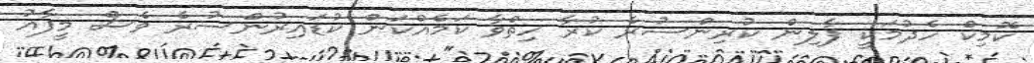
ކޮމިކް ހެދުމަކީ ފާލިން ކުރިންސުރެ ކުރާ ހިތްވާ ކަމެއްކަން ކުޑައިރުންސުރެ ވެސް މީފާއު